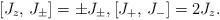
LaTeX: \begin{align*}[J_z, \, J_\pm] = \pm J_\pm, [J_+, \, J_-] = 2J_z.\end{align*}